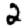
Digit: 2